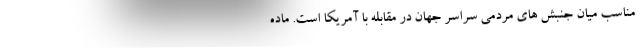
مناسب میان جنبش های مردمی سراسر جهان در مقابله با آمریکا است. ماده